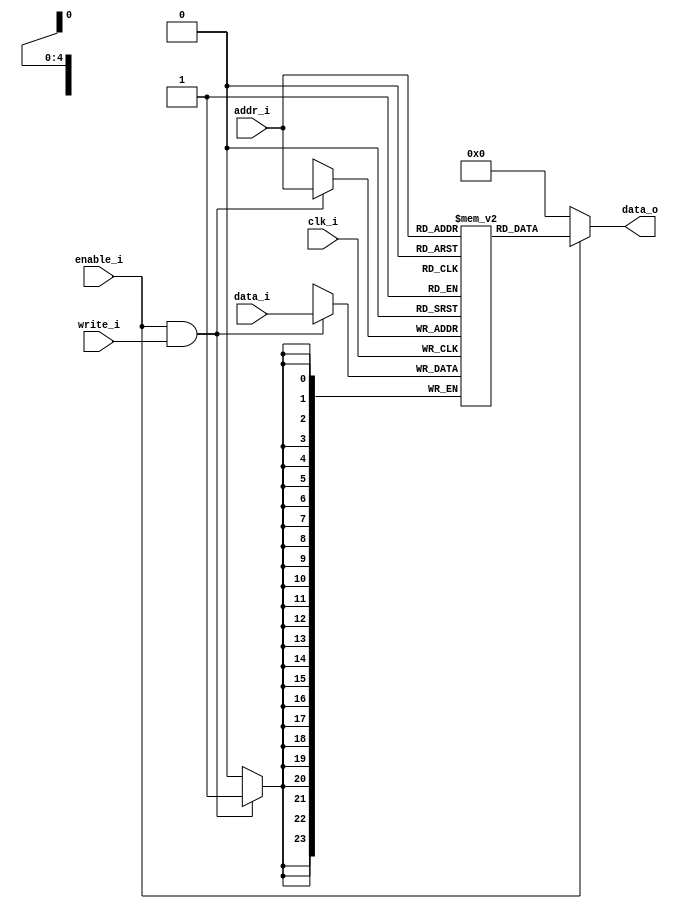
module dcache_tag_sram
(
  input         clk_i,
  input [4:0]   addr_i,
  input [23:0]  data_i,
  input         enable_i,
  input         write_i,

  output  [23:0]    data_o
);

// Memory
reg   [23:0]    memory      [0:31]; 


// Write Data      
always@(negedge clk_i) begin
  if(enable_i && write_i) begin
    memory[addr_i]   <= data_i;
  end
end

// Read Data      
assign  data_o = (enable_i) ? memory[addr_i] : 24'b0;


endmodule